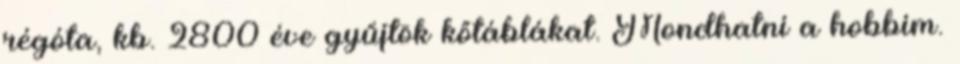
régóta, kb. 2800 éve gyűjtök kőtáblákat. Mondhatni a hobbim.